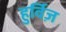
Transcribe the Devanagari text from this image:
हुर्विज़